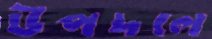
উপদলে